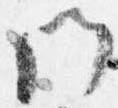
門